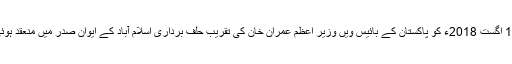
18 اگست 2018ء کو پاکستان کے بائیس ویں وزیر اعظم عمران خان کی تقریب حلف برداری اسلام آباد کے ایوان صدر میں منعقد ہوئی۔